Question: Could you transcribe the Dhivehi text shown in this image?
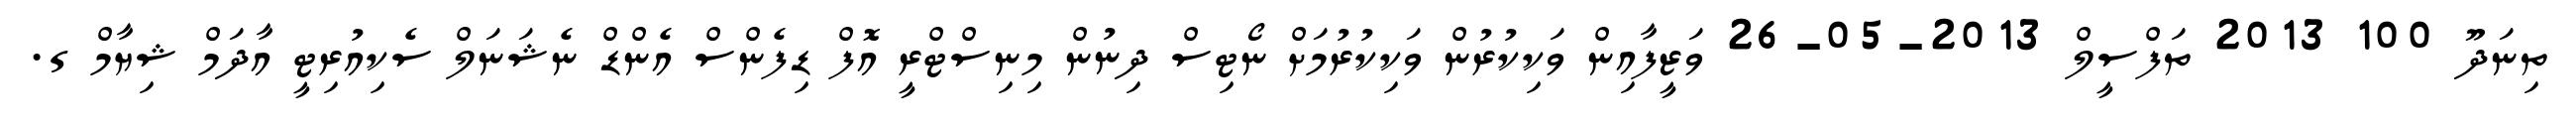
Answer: ތިނަދޫ 100 2013 ތަފްސީލް 2013-05-26 ވަޒީފާއިން ވަކިކުރުން ވަކިކުރުމަށް ނޯޓިސް ދިނުން މިނިސްޓްރީ އޮފް ޑިފެންސް އެންޑް ނެޝަނަލް ސެކިއުރިޓީ އާދަމް ޝިޔާމް ގ.